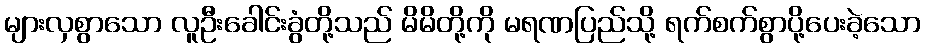
များလှစွာသော လူဦးခေါင်းခွံတို့သည် မိမိတို့ကို မရဏပြည်သို့ ရက်စက်စွာပို့ပေးခဲ့သော